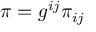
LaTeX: \pi = g ^ { i j } \pi _ { i j }